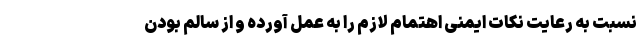
نسبت به رعایت نکات ایمنی اهتمام لازم را به عمل آورده و از سالم بودن